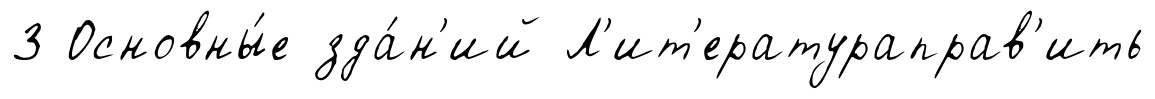
3 Основны́е зда́н'ий Л'ит'ератураправ'ить